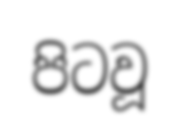
පිටවූ